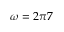
\omega = 2 \pi 7